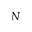
_ { N }